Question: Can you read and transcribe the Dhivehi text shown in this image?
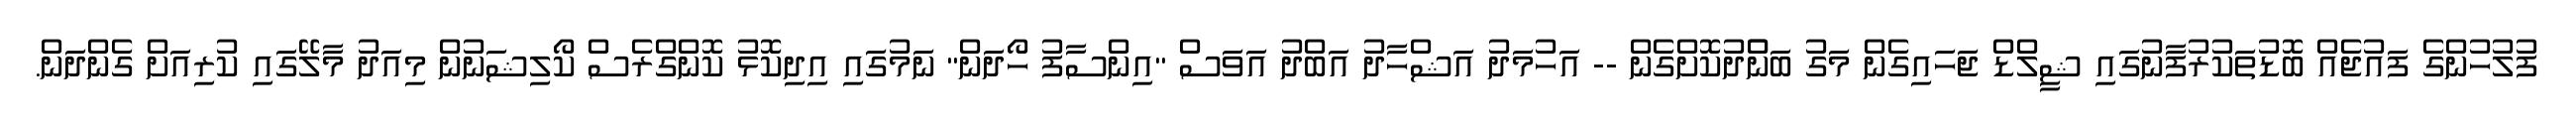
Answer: ފުލުހުންގެ ފައުޖެއް ބޮޑުތަކުރުފާނުގައި ޝީލްޑް ޖަހައިގެން މަގު ބަންްދުކޮށްގެން -- އަހުމަދު އަޝްހާދު އަބްދު އަވަސް "އިންސާފު ހޯދަން" ނަމުގައި އިދިކޮޅު ކޮންގްރެސް ކޯލިޝަނުން މިއަދު މާލޭގައި ކުރިއަށް ގެންދަން.